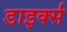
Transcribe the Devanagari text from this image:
डाइर्क्स